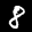
Label: 8